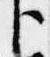
臣